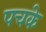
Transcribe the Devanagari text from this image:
पचके